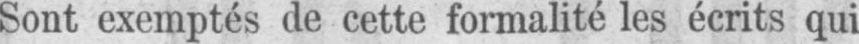
Sont exemptés de cette formalité les écrits qui